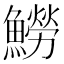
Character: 䲏